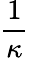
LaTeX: \frac{1}{\kappa}